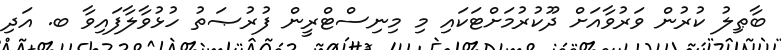
ބާޠިލު ކުރުން ވަރުވާއަށް ދޫކުރުމަށްޓަކައި މި މިނިސްޓްރީން ފުރުޞަތު ހުޅުވާލާފައިވާ ބ. އަދި